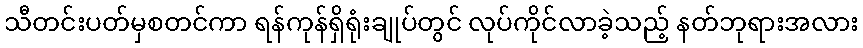
သီတင်းပတ်မှစတင်ကာ ရန်ကုန်ရှိရုံးချုပ်တွင် လုပ်ကိုင်လာခဲ့သည့် နတ်ဘုရားအလား